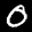
Label: 0